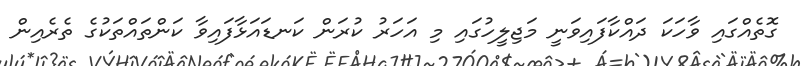
ގޮތެއްގައި ވާހަކަ ދައްކާފައިވަނީ މަޖިލީހުގައި މި އަހަރު ކުރަން ކަނޑައަޅާފައިވާ ކަންތައްތަކުގެ ތެރެއިން